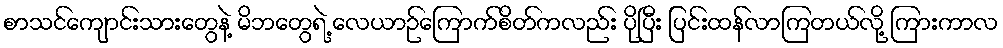
စာသင်ကျောင်းသားတွေနဲ့ မိဘတွေရဲ့ လေယာဉ်ကြောက်စိတ်ကလည်း ပိုပြီး ပြင်းထန်လာကြတယ်လို့ ကြားကာလ